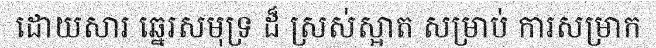
ដោយសារ ឆ្នេរសមុទ្រ ដ៏ ស្រស់ស្អាត សម្រាប់ ការសម្រាក